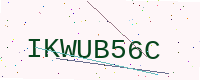
Text: IKWUB56C